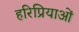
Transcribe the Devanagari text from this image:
हरिप्रियाओं